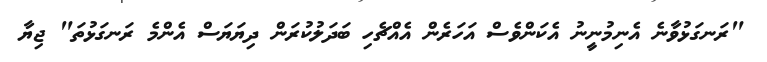
"ރަނގަޅުވާނެ އެނިމުނީނު އެކަންވެސް އަހަރެން އެއްޗެހި ބަދަލުކުރަން ދިޔަޔަސް އެންމެ ރަނގަޅުތަ" ޖިޔާ